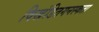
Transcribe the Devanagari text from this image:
विखंडितमनस्कता